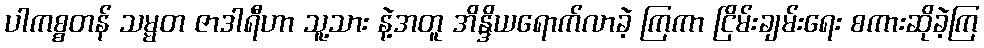
ပါကစ္စတန် သမ္မတ ဇာဒါရီဟာ သူ့သား နဲ့အတူ အိန္ဒိယရောက်လာခဲ့ ကြကာ ငြိမ်းချမ်းရေး စကားဆိုခဲ့ကြ